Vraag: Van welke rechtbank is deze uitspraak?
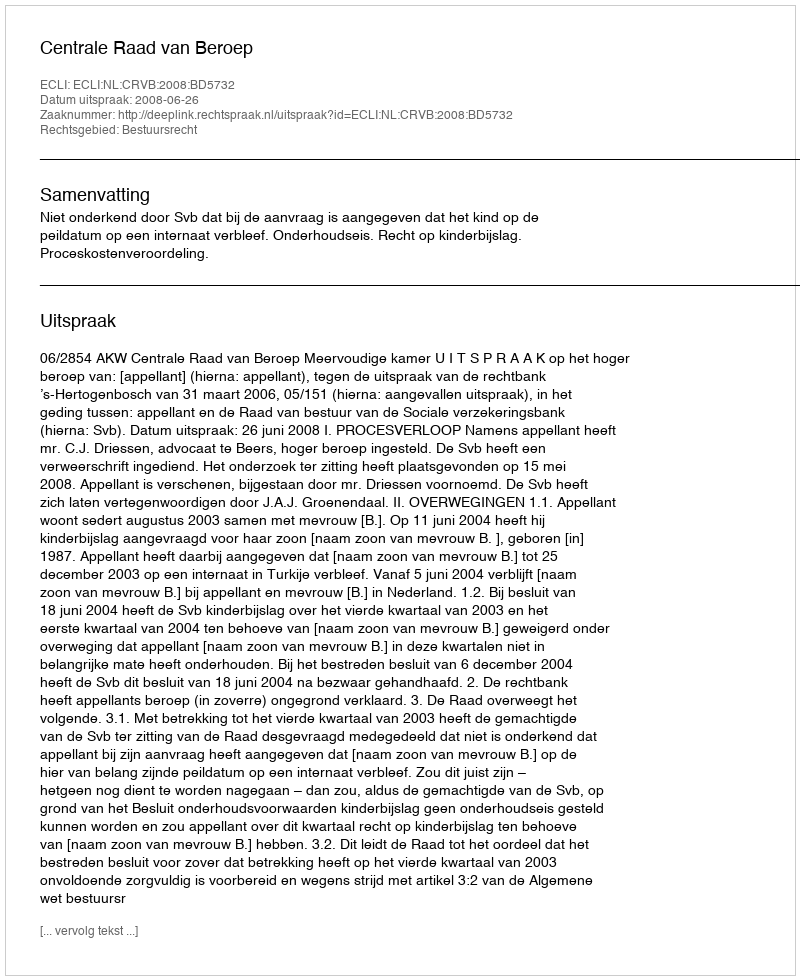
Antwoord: Centrale Raad van Beroep